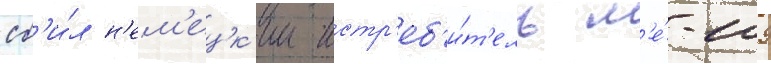
сб'и́л н'ем'ецк'ии истр'еб'и́т'ель м'е́-109